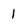
Character: 1